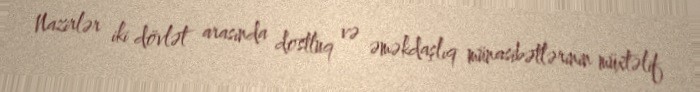
Nazirlər iki dövlət arasında dostluq və əməkdaşlıq münasibətlərinin müxtəlif